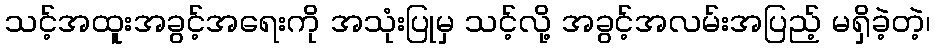
သင့်အထူးအခွင့်အရေးကို အသုံးပြုမှ သင့်လို့ အခွင့်အလမ်းအပြည့် မရှိခဲ့တဲ့၊